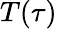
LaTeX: T(\tau)